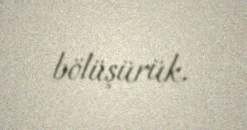
bölüşürük.